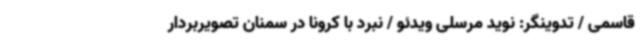
قاسمی / تدوینگر: نوید مرسلی ویدئو / نبرد با کرونا در سمنان تصویربردار